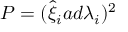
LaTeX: { \cal P } = ( { \hat { \xi } } _ { i } a d { \lambda } _ { i } ) ^ { 2 }